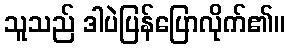
သူသည် ဒါပဲပြန်ပြောလိုက်၏။